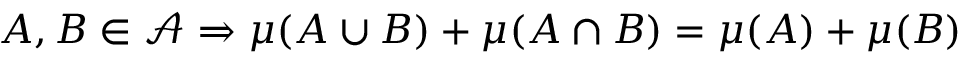
A , B \in { \mathcal { A } } \Rightarrow \mu ( A \cup B ) + \mu ( A \cap B ) = \mu ( A ) + \mu ( B )